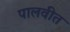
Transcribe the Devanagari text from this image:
पालवीत